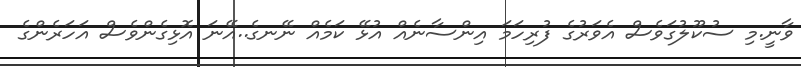
ވާނީ.މި ސުކޫލުގަވެސް އެވަރުގެ ފުރިހަމަ އިންސާނެއް އުޅޭ ކަމެއް ނޭނގެ..އޭނަ އޮޅިގެންވެސް އަހަރެންގެ